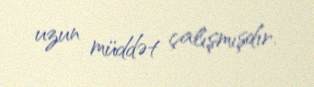
uzun müddət çalışmışdır.